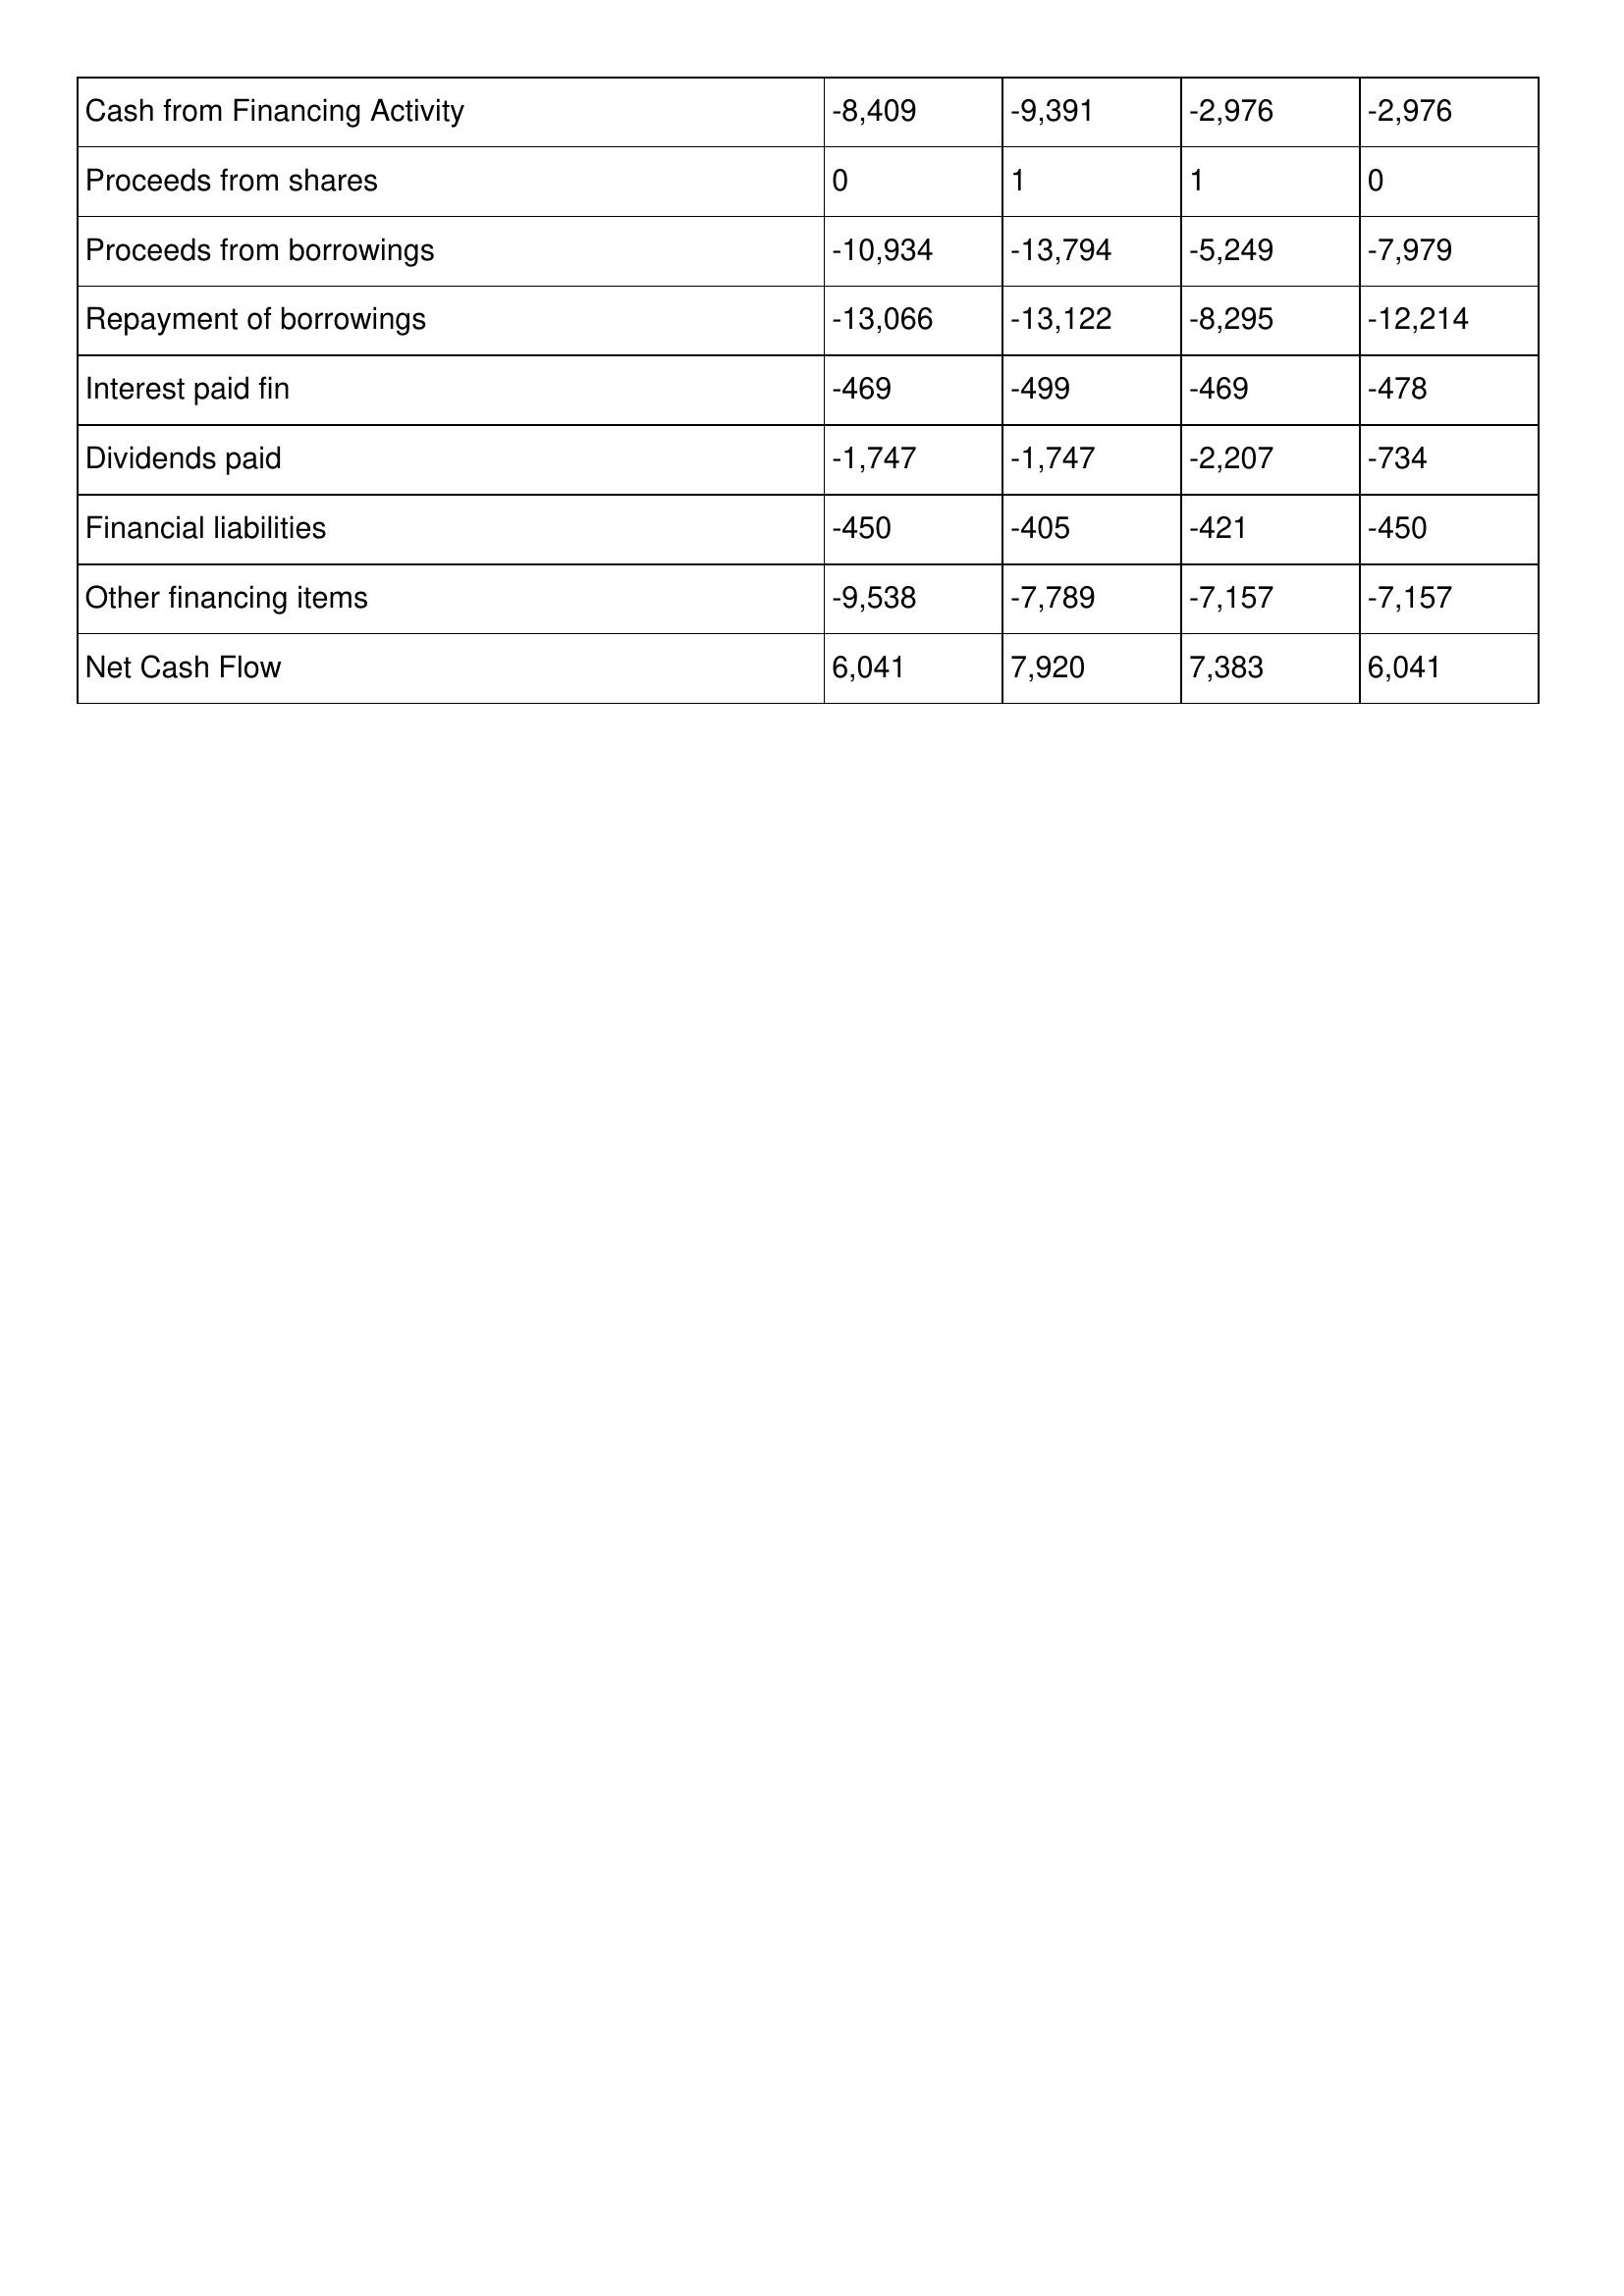
gt_parse: 1998: Cash Flows: Cash from Financing Activity: -8,409
Proceeds from shares: 0
Proceeds from borrowings: -10,934
Repayment of borrowings: -13,066
Interest paid fin: -469
Dividends paid: -1,747
Financial liabilities: -450
Other financing items: -9,538
Net Cash Flow: 6,041
1997: Cash Flows: Cash from Financing Activity: -9,391
Proceeds from shares: 1
Proceeds from borrowings: -13,794
Repayment of borrowings: -13,122
Interest paid fin: -499
Dividends paid: -1,747
Financial liabilities: -405
Other financing items: -7,789
Net Cash Flow: 7,920
1996: Cash Flows: Cash from Financing Activity: -2,976
Proceeds from shares: 1
Proceeds from borrowings: -5,249
Repayment of borrowings: -8,295
Interest paid fin: -469
Dividends paid: -2,207
Financial liabilities: -421
Other financing items: -7,157
Net Cash Flow: 7,383
1995: Cash Flows: Cash from Financing Activity: -2,976
Proceeds from shares: 0
Proceeds from borrowings: -7,979
Repayment of borrowings: -12,214
Interest paid fin: -478
Dividends paid: -734
Financial liabilities: -450
Other financing items: -7,157
Net Cash Flow: 6,041